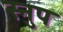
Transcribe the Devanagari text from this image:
स्नुप